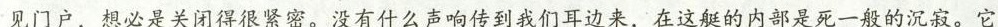
见门户，想必是关闭得很紧密。没有什么声响传到我们耳边来，在这艇的内部是死一般的沉寂。它